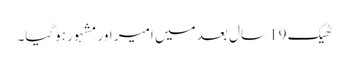
ٹھیک 19 سال بعد میں امیر اور مشہور ہوگیا۔